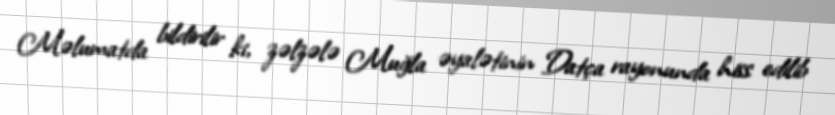
Məlumatda bildirilir ki, zəlzələ Muğla əyalətinin Datça rayonunda hiss edilib